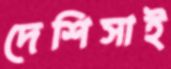
দেশিসাই